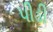
પીડી